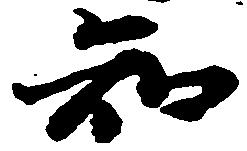
知